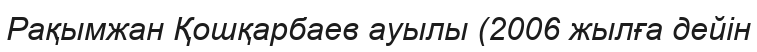
Рақымжан Қошқарбаев ауылы (2006 жылға дейін